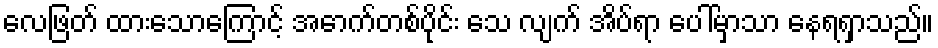
လေဖြတ် ထားသောကြောင့် အောက်တစ်ပိုင်း သေ လျက် အိပ်ရာ ပေါ်မှာသာ နေရရှာသည်။